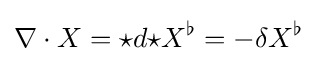
\nabla \cdot X={\star }d{\star }X^{\flat }=-\delta X^{\flat }